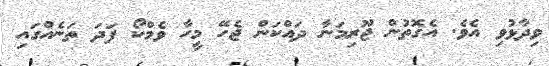
ވިދާޅުވި އެވެ. އެގޮތުން ޖޫރިމަނާ ދައްކަން ޖެހޭ މީހާ ވެމްކޯ ފަދަ ތަނެއްގައި